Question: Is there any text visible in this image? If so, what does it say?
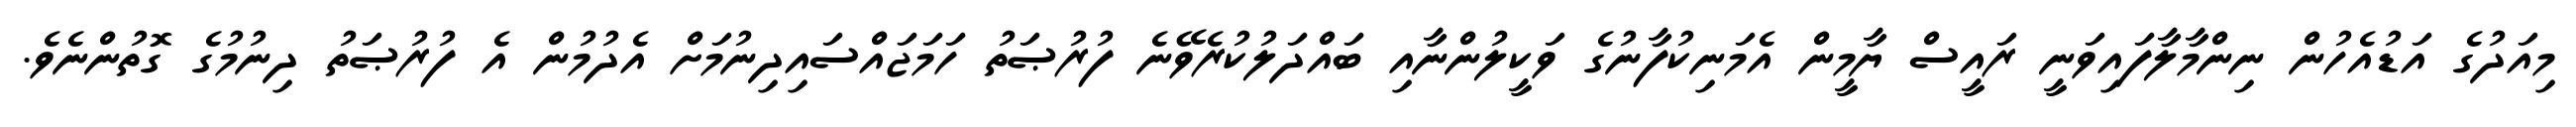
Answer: މިއަދުގެ އަޑުއެހުން ނިންމާލާފައިވަނީ ރައީސް ޔާމީން އެމަނިކުފާނުގެ ވަކީލުންނާއި ބައްދަލުކުރެވޭނެ ފުރުޞަތު ހަމަޖައްސައިދިނުމަށް އެދުމުން އެ ފުރުޞަތު ދިނުމުގެ ގޮތުންނެވެ.